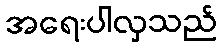
အရေးပါလှသည်